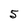
Character: 5